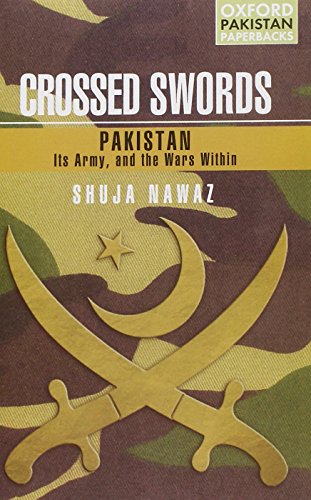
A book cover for Crossed Swords: Pakistan, Its Army, and the Wars Within (Oxford Pakistan Paperbacks); Shuja Nawaz; History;